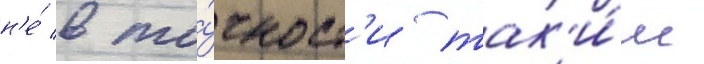
н'е́ в то́чност'и так'и́м